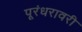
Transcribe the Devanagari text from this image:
पूरंधरावरी